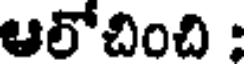
ఆలోచించి :